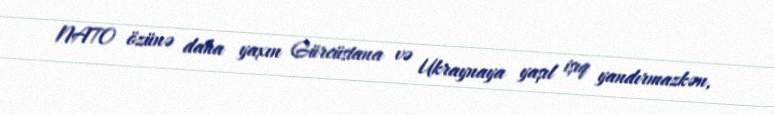
NATO özünə daha yaxın Gürcüstana və Ukraynaya yaşıl işıq yandırmazkən,